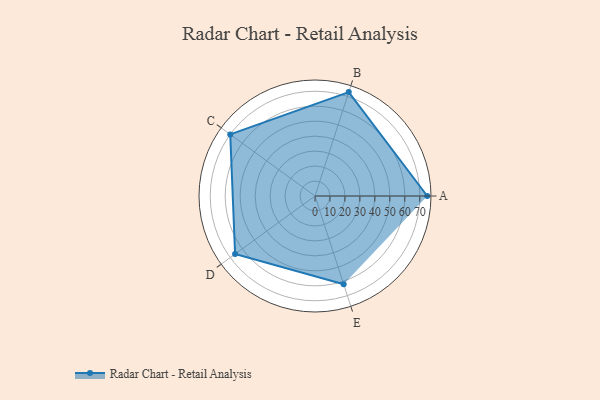
{"axis": {"x": "Skill", "y": "Score"}, "legend": ["Profile"], "data": [{"x": "A", "y": 75.0, "type": "Profile"}, {"x": "B", "y": 73.0, "type": "Profile"}, {"x": "C", "y": 70.0, "type": "Profile"}, {"x": "D", "y": 66.0, "type": "Profile"}, {"x": "E", "y": 62.0, "type": "Profile"}]}